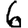
Digit: 6